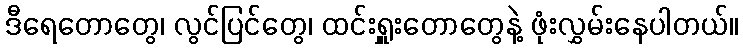
ဒီရေတောတွေ၊ လွင်ပြင်တွေ၊ ထင်းရှူးတောတွေနဲ့ ဖုံးလွှမ်းနေပါတယ်။